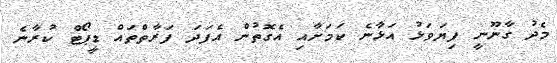
މެދު ގާނޫނީ ފިޔަވަޅު އަޅާނެ ކަމަށާއި އެގޮތުން އެފަދަ ފަރާތްތައް ޑީޕޯޓް ކުރާނެ